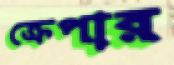
ক্রেপার